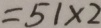
= 5 1 \times 2